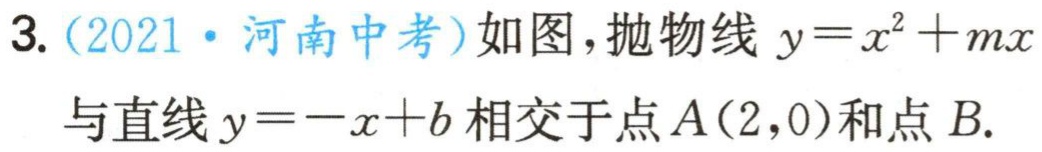
3.（2021·河南中考）如图，抛物线\(y = x^{2}+mx\)与直线\(y=-x + b\)相交于点\(A(2,0)\)和点\(B\).